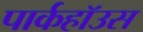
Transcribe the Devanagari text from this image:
पार्कहॉउस